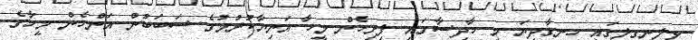
ވިލިނިގިލީގައި ހިނގާދިޔަ މި ހާދިސާގައި ފިރިހެން މީހާ އަނިޔާކުރުމުގެ ސަބަބުން އަންހެން މީހާގެ